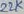
Text: 22K